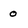
Character: 0